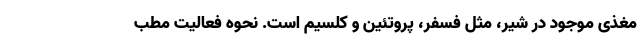
مغذی موجود در شیر، مثل فسفر، پروتئین و کلسیم است. نحوه فعالیت مطب